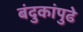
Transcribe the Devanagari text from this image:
बंदुकांपुढे